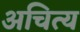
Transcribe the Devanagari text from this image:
अचित्य